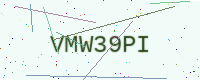
Text: VMW39PI